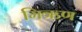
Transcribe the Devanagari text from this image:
मिऋण